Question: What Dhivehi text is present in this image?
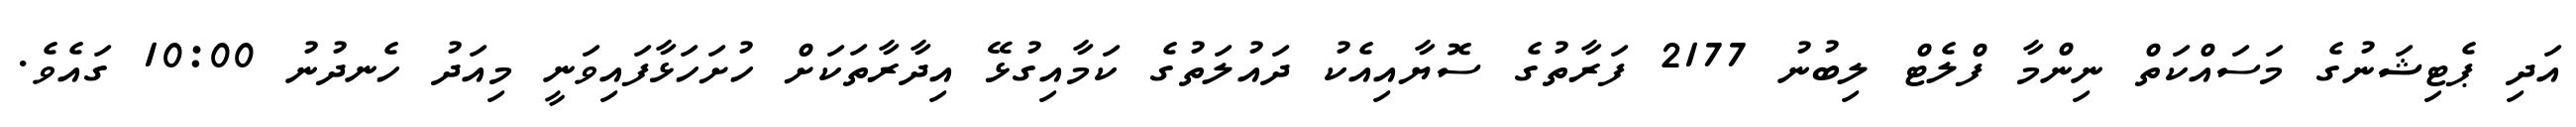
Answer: އަދި ޕެޓިޝަނުގެ މަސައްކަތް ނިންމާ ފްލެޓް ލިބުނު 2177 ފަރާތުގެ ސޮޔާއިއެކު ދައުލަތުގެ ކަމާއިގުޅޭ އިދާރާތަކަށް ހުށަހަޅާފައިވަނީ މިއަދު ހެނދުނު 10:00 ގައެވެ.